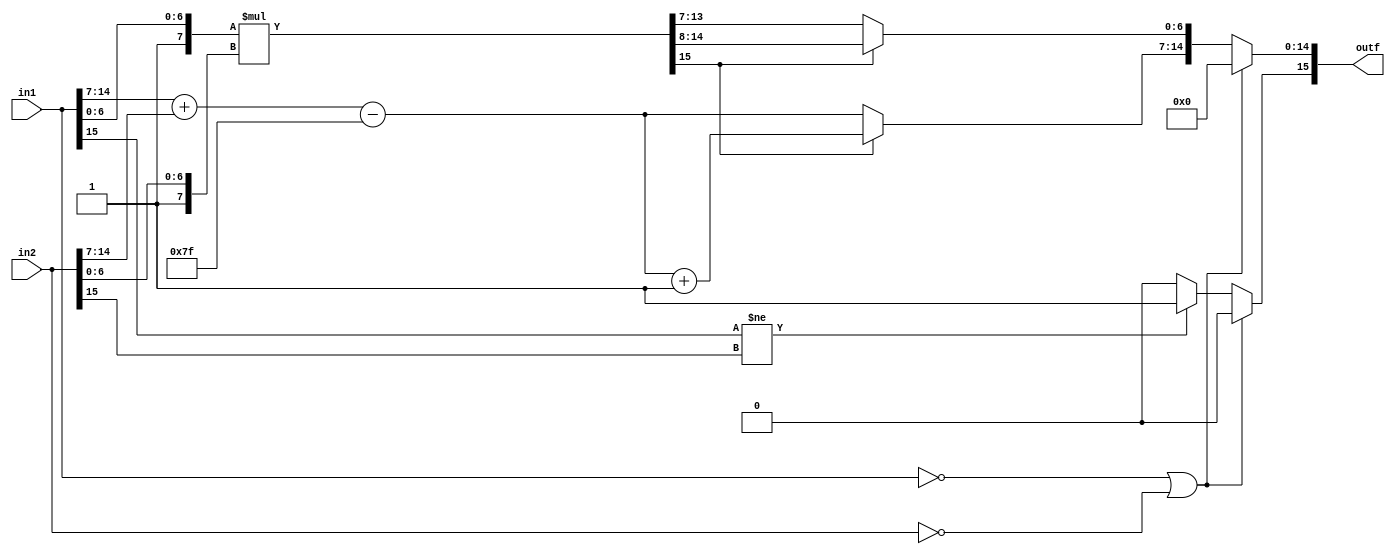
//`timescale 10ns/1ns
//DIRECTIVES
`define WORD [15:0]

`define JZ   4'h0
`define ADD  4'h1
`define AND  4'h2
`define ANY  4'h3
`define OR   4'h4
`define SHR  4'h5
`define XOR  4'h6
`define DUP  4'h7
`define LD   4'h8
`define ST   4'h9

`define LI   4'hA
`define ADDF 4'hB
`define F2I  4'hC
`define I2F  4'hD
`define INVF 4'hE
`define MULF 4'hF

//END DIRECTIVES

// multiply floats
module multiplyf( in1,in2,outf);
	output reg `WORD outf;
	input `WORD in1;
	input `WORD in2;
	reg [7:0] temp;
    reg [15:0] temp1;
	
	always @ (*) 
	begin
		// check if either the inputs are zero, if so, the output is zero
		if (in1==16'b0 || in2 == 16'b0) begin
			outf = 16'b0;
		end else begin
			// checks the sign of the inputs and sets the output sign 
			if (in1[15] != in2[15])
			begin
				outf[15] <= 1;    // if 1 in is neg and 1 is pos, the output sign is neg
			end
			else begin
				outf[15] <= 0;		// if the signs are the same, output is positive
			end 	
			
			// add the two exponents and store these 6 bits in temp 
			temp = (in1[14:7] + in2[14:7])- 127;	//subtract  (bias) because adding 2 exponents and result is one exponent
			
			// normalize (add 1 to the front) then
			//multiply the fractions/mantissa of inputs
			temp1 = {1'b1,in1[6:0]} * {1'b1,in2[6:0]};   
			//#5 $display("%h %h", temp,temp1
			
			// check if the multiplied mantissa result (temp1) causes overflow
			if (temp1[15] == 1) begin
				outf[14:7] = temp + 1;	// if overflow, add 1 to the output exponent
				outf[6:0] = temp1[14:8];	// the output mantissa becomes the 7 bits after the overflow
			end else begin
				outf[14:7] = temp;   	// if no overflow, then exponent is the 2 input exponents added together
				outf[6:0] = temp1[13:7];	//output mantissa becomes the 7 bits after the 2 msbits
			end
		end
	end
endmodule


module msb(in,out);
	input `WORD in;
	output reg `WORD out;
	reg `WORD temp;
	always @(*) begin
		temp = in | (in >>1);
		temp = temp | (temp >>2);
		temp = temp | (temp >>4);
		temp = temp | (temp >>8);
		out = temp & ~(temp >>1);
	end
	
endmodule


// float additon - takes in 2 floating point numbers, adds them and outputs the floating point result
module addf(in1,in2,out);
	input `WORD in1;
	input `WORD in2;
	output reg `WORD out;
	
	reg `WORD temp;
	reg `WORD op1;
	reg `WORD op2;
	
	reg[8:0] man1;
	reg[8:0] man2;
	reg[8:0] outMan;
	wire `WORD numZeros;

	lead_zero leadZeros({outMan,7'b0}, numZeros);
	
	always@(*) begin
		// in input 1 is 0, then the output is the input 2
		if (in1 == 16'b0) begin
			out = in2;

		// if input 2 is 0, the the output is the input 1
		end else if (in2 == 16'b0) begin
			out = in1;
		// floating points are opposite (i.e: -2 and 2) if all bits the same except the sign bit.
		// check for this case, if true, the output is 0 
		end else if ((in1[14:0] == in2[14:0]) && (in1[15] != in2[15])) begin
			out = 0;
			
		// general addition case
		end else begin
			// denormailize the exponents so they are the same
			
			// always make op1 the larger exponent
			// if input 2 exponent is larger than input 1 exponent, then make in2 become op1 and in2 become op2
			if (in2[14:7] > in1[14:7] ) begin
				op2 = in1;
				op1 = in2;
			end else begin	//otherwise, op1 is in1 and op2 is in2
				op2 = in2;
				op1 = in1;
			end
			
			//normalize the mantissa (add a 1 in front) then add and subtract fractional/mantissa parts
			man1 = {2'b01,op1[6:0]};
			man2 = {2'b01,op2[6:0]};
		
			//denormalize smaller value (man2) for addition
			man2 = man2 >> (op1[14:7] - op2[14:7]);
		
			// the output exponent becomes the 
			out[14:7] = (op1[14:7]);
			
			// check the signs of the inputs
			//if the signs are the same, add the 2 input mantissas
			if (op1[15] == op2[15]) begin
				outMan = man1+man2;
				//$display("%b,%b,%b,%b",man1,man2,outMan,out);
				
				// if signs are the same, the output sign will also be the same as in1/in2 sign
				out[15] = op1[15];
				
				if (outMan[8] == 1) //CHECK FOR OVERFLOW
				begin
					// if overflow, add 1 to the output exponent 
					out[14:7] = out[14:7]+1; 
					//the output mantissa becomes the 7 bits after the overflow
					out[6:0] = outMan[7:1];
				end else begin
					out[6:0] = outMan[6:0];	// if no overflow, the output mantissa remains as the bottom bits of the input mantissas added together
				end
			// if the signs of the inputs are opposite, subtract the smaller input mantissa from the larger one
			end else begin
				// 
				if (man1 > man2) begin
					outMan = man1-man2;
					out[15] = op1[15];
				end else begin
					outMan = man2-man1;
					out[15] = op2[15];
				end
				if (numZeros > 1) begin  //////////////???????????
					out[14:7] = out[14:7] + (1-numZeros);
					case (numZeros)
						2: begin out[6:0] = {outMan[5:0], 1'b0}; end
						3: begin out[6:0] = {outMan[4:0], 3'b0}; end
						4: begin out[6:0] = {outMan[3:0], 4'b0}; end
						5: begin out[6:0] = {outMan[2:0], 5'b0}; end
						6: begin out[6:0] = {outMan[1:0], 6'b0}; end
						7: begin out[6:0] = {7'b0}; end
					endcase
				end else begin
					out[14:7] = out[14:7] ;
					out[6:0] = {outMan[6:0]};
				end
			end
		end	
	end
endmodule

// integer to floating point conversion
// input: a 16-bit binary integer
// output: the 16-bit floating point representation
module i2f(in,out);
	input `WORD in;
	output reg `WORD out;
	reg[6:0] zeros;
	reg [22:0] temp;
	wire `WORD numZeros;
	wire `WORD countZ;
	assign countZ = temp[22:7];
	lead_zero leadZeros(countZ, numZeros);
	
	initial begin
		zeros<= 0;
	end
	always@(*) begin
		// if the input binary number is 0, the output float is 0
		if (in == 16'b0) begin
			out = 16'b0;
		end else begin
			// check the sign of the fp input
			// if it is positive 
			if (in[15] ==0) begin
				temp = {in,zeros};
				out[15] = in[15]; //set sign bit
				out[14:7] = 127 + (15-numZeros); //set exponent
				out[6:0] = temp >> (15-numZeros); //set mantissa
			// if the input is negative
			end else begin
				// flip the bits and add 1, then perform the same operations as you did on the positive input
				temp = {((in^16'b1111111111111111)+16'b01),zeros};
				out[15] = in[15]; //set sign bit
				out[14:7] = 127 + (15-numZeros); //set exponent
				out[6:0] = temp >> (15-numZeros); //set mantissa
			end
		end
	end
endmodule


// Dietz's lead_zeros module
// takes the 16 bit input and outputs the number of 0s in the most significant bits 
module lead_zero(in, out);

	input `WORD in;
	output reg `WORD out;
	
	reg `WORD temp;
	wire `WORD vari;
	
	ones Count(temp,vari);
	
	always @(*) begin 
		temp = in | (in>>1);
			temp = temp | (temp>>2);
			temp = temp | (temp>>4);
			temp = temp | (temp>>8);
			out = 16-vari;
	end
endmodule


 // needed for the leading zeros 
module ones(in,out);
	input `WORD in;
	output reg `WORD out;
	reg `WORD temp;
	
	always @(*) begin
		temp = in - ((in >>1)& 16'h5555);
		temp = (((temp >>2) & 16'h3333) + (temp & 16'h3333));
		temp = (((temp >>4)+temp)& 16'h0f0f);
		temp = temp + (temp>>8);
		temp = temp + (temp>>16);
		out = temp & 16'h003f;
	end
endmodule


// floating point to integer converion 
// input: 16-bit floating point 
// output: 16-bit integer representation of the input
module f2i(in,out);
	input `WORD in;
	output reg `WORD out;
	reg [22:0] temp;
	
	always @(*) begin
		// check if the input is 0, if so, the output is also 0
		if (in == 16'b0) begin
			out = 16'b0;
		end else begin
			//normalize the mantissa (add 1 to front)
			temp = {16'b1,in[6:0]};
			// if the exponent is larger than the bias (127) shift the mantissa the difference
			if (in[14:7] >= 127) begin
				temp = temp << (in[14:7] - 127);
				out = temp[22:7];
				
			// otherwise the output is 0
			end else begin 
				out = 0;
			end
			// if the input is negative, flip the bits of the output and add 1
			if (in[15] == 1) begin
				out = out ^ 'hffff;
				out = out+1;
			end
		end
	end	
endmodule

// reciprocal floating point module
// input: 16-bit floating point 
// output: the 16 bit reciprocal of the input (1/input)
module recip_float(in, out);
	input `WORD in;
	output reg `WORD out;
	reg [7:0] temp;
	reg  [7:0] lookup[0:127]; //[x:y] used as bus width goes before the name, after the name means its an array
	//Also swapped order from 127:0 to 0:127 to get rid of compiler warning
	
	//Initial blocks run once at the very beginning of simulation
	//They are good for initializing variables and constants (like LUTs)
	//The best way to initialize memory is to use the readmemh(...) function, its also less lines
	initial begin
		
               $readmemh1(lookup);
	end

	always @(*) begin
	//This LUT in the always block has every value assigned for every time IN changes. 
	//We do not need to reset the LUT every time, so it should be moved to an initial block
		// set the sign bit of output eqaul to the input sign bit
		out[15] = in[15];	
		//negate the exponent 
		// if the mantissa is all 0s, 
		if (in[6:0] == 7'b0) begin
			out[14:7] = 254 - (in[14:7]);
		end else begin
			out[14:7] = 253 - (in[14:7]);
		end	
		// input mantissa in binary and we want in decimal
		if (in[6:0] == 1) begin  // this is where we fooked up and put the 1 equivalent mantissa at the end of the list
			out[6:0] = lookup[126];
		end else begin
			//
			//temp[7:0] = lookup[in[6:0]-1]; //needed to be -, not + //because of the previous fuck up all of the lookups are off by 1
			// the lookup result is 8 bits while the mantissa is only 7 so its either top 7 bits or bottom 7 bits
			temp[7:0] = lookup[in[6:0]]; //This is for the readmemh
			out[6:0] = temp[6:0]; //bottom 7 bits, not top 7
		end
                if (in == 16'b0) begin
                        out = 16'b0;
                end
	end// end of always block
endmodule

module ALU(opr1,opr2,out1,op,cc);
	input `WORD opr1;
	input `WORD opr2;
	output reg `WORD out1;
	input [3:0] op;
	output reg `WORD cc;
	
	initial begin
		out1 <= 16'b0;
		cc <= 16'b0;
	end
	
	wire `WORD outFloat;
	wire `WORD outInt;
	wire `WORD outAdd;
	wire `WORD outMul;
	wire `WORD outRecip;
	
	i2f toFloat(opr1,outFloat);
	f2i toInt(opr1,outInt);
	addf addition(opr1,opr2,outAdd);
	multiplyf multiply(opr1,opr2,outMul);
	recip_float recip(opr2,outRecip);
	
	always @(*)
	begin
		case (op)
			`ADD: begin
				out1 <= opr1 + opr2;
			end
			`AND: begin
				out1 <= opr1 & opr2;
			end
			`ANY: begin
				out1 <= (opr1 == 16'b0 ? 16'b000000:16'b000001);
			end
			`OR: begin
				out1 <= opr1 | opr2;
			end	
			`SHR: begin
				out1 <= opr1 >> 1;
				out1[15] <= opr1[15];
			end
			`XOR: begin
				out1 <= opr1 ^ opr2;
			end
			`DUP: begin
				out1<= opr1;
			end
			`ADDF: begin
				out1 <= outAdd;
			end
			`I2F: begin
				out1 <= outFloat;
			end
			`F2I: begin
				out1 <= outInt;
			end
			`MULF: begin
				out1 <= outMul;
			end
			`INVF: begin
				out1 <= outRecip;
			end
			default: begin
				out1 <= opr1;
			end
		endcase
	end
	
	always @(out1)
	begin
		if (out1 == 16'b0 && op <7 && op>0)
		begin
			cc[0] <= 1'b1;
		end else if (op <7 && op>0) begin
			cc[0] <= 1'b0;
		end else begin
			cc <= cc;
		end
	end
endmodule




module processor(clk,halt);
	input clk;
	output reg halt;
	reg `WORD pc;
	reg `WORD ram[0:65535];
	//reg `WORD instruction;
	reg `WORD stage1[0:5];
	reg `WORD stage2[0:5];
	reg `WORD stage3[0:5];
	reg `WORD op1;
	reg `WORD op2;
	reg `WORD newPC;
	reg stop1;
	reg stop2;
	reg pcFlag;
	reg [3:0] operation;
	
	//reg regFileIn,regFileOut;
	reg `WORD registers[0:63];
	reg holdUp;
	wire `WORD toStage3;
	wire `WORD cc;
	reg `WORD i;
	reg squashNext2,squashNext1;
	ALU alu(op2,op1,toStage3,operation,cc);
		
	initial begin
		
                $readmemh0(ram);
		halt<=0;
		holdUp<=0;
		//register file initialization

                $readmemh2(registers);
		pc <= 16'b0;
		squashNext1<=0;
		squashNext2<=0;
		pcFlag<=0;
		newPC<=16'b0;
		stop1<=0;
		stop2<=0;
	end
	
	
	always@(clk) begin
	end
	
	//stage 1 instruction fetch
	always@(posedge clk)
	begin

		if (pcFlag == 1 ) begin
			pc<=newPC;
			pcFlag <=0;
		end
		//instruction <= ram[pc];
	end
	
	always@(negedge clk)
	begin
		if (holdUp == 0)begin
		stop1<=0;
		case (ram[pc][15:12])
			`LI: 
			begin
				pc<=pc+2;
				stage1[4]<=ram[pc+1];
			end
			default: pc<=pc+1;
		endcase
//		if (ram[pc] == 16'b0)
//		begin
//			halt<=1;
//		end

		//pc<=pc+1;
		stage1[0]<=ram[pc][15:12];
		stage1[1]<=ram[pc][11:6];
		stage1[2]<=ram[pc][5:0];
		stage1[3]<=ram[pc][11:6];
		stage1[5]<=ram[pc];
		end else begin
			stop1<=1;
		end
	end
	
	
	//stage 2 register file games
	always@(posedge clk)
	begin

	end
	
	always@(negedge clk)
	begin
		if (holdUp==0) begin
			stop2<=0;
			stage2[0]<=stage1[0];
			stage2[1]<=registers[stage1[1]];
			stage2[2]<=registers[stage1[2]];
			stage2[3]<=stage1[3];
			stage2[4]<=stage1[4];
			stage2[5]<=stage1[5];
		end else begin
			stop2<=1;
			stage2[0] <= 16'bz;
			stage2[1] <= 16'bz;
			stage2[2] <= 16'bz;
			stage2[3] <= 16'bz;
			stage2[4] <= 16'bz;
			stage2[5] <= 16'bz;
		end		
	end
	
	
	//stage 3 ALU and memory stuff
	always@(posedge clk)
	begin
		op1<=stage2[1];
		op2<=stage2[2];
		operation<=stage2[0][3:0];
	end
	
	always@(negedge clk)
	begin 
		if(operation == `ST) begin
			ram[op2]<=op1;
			stage3[5] <= stage2[5];
		end else if (operation == `LD) begin
			stage3[0]<=stage2[3];
			stage3[1]<=ram[stage2[2]];
			stage3[2]<=stage2[0];
			stage3[4]<=stage2[4];
			stage3[5]<=stage2[5];
		end else begin
			stage3[0]<=stage2[3];
			stage3[1]<=toStage3;
			stage3[2]<=stage2[0];
			stage3[4]<=stage2[4];
			stage3[5]<=stage2[5];
			case(stage2[5][15:12])
				`JZ: begin
					if (stage2[1] == 0) begin
						if (stage2[5][5:0]==6'b0 && stage2[5][11:6]!=6'b0) begin
							if(holdUp==1) begin
							squashNext1<=1;
							end else begin
							squashNext2<=1;
							end
						end else if (stage2[5][5:0]>6'b0)begin
							newPC<=stage2[2];
							squashNext2<=1;
							squashNext1<=1;
							pcFlag <=1;
						end
					end
				end
			endcase
		end
	
	end
	
	always@(squashNext2) begin
		if (squashNext2 == 1)
		begin
			squashNext2 <= 0;
			stage2[0] = 16'bx;
			stage2[1] = 16'bx;
			stage2[2] = 16'bx;
			stage2[3] = 16'bx;
			stage2[4] = 16'bx;
			stage2[5] = 16'bx;
		end
	end
	always@(squashNext1) begin
		if (squashNext1 == 1)
		begin
			squashNext1 <= 0;
			stage1[0] = 16'bx;
			stage1[1] = 16'bx;
			stage1[2] = 16'bx;
			stage1[3] = 16'bx;
			stage1[4] = 16'bx;
			stage1[5] = 16'bx;
		end
	end
	
	//Stage 4 Write back?
	always@(posedge clk)
	begin
		if(stage1[5][11:6]==stage2[5][11:6] || stage1[5][11:6]==stage3[5][11:6] || stage1[5][5:0]==stage2[5][11:6] || stage1[5][5:0]==stage3[5][11:6])
		begin
			holdUp<=1;
		end else begin
			holdUp<=0;
		end
	end
	
	always@(negedge clk)
	begin
		if(stage3[5] == 16'b0) begin
			halt<=1;
		end else begin
		case(stage3[2][3:0])
			`LI: 
			begin
				registers[stage3[0][5:0]]<=stage3[4];
			end
			`JZ: begin
				
			end
			`ST: begin

			end
			default: registers[stage3[0][5:0]]<=stage3[1];
		endcase
		end
	end
	
	always@(halt)
	begin
		if (halt == 1'b1)
		begin
		for (i=0; i<64;i=i+1) begin
						$display("Value of register %d is %h",i-8,registers[i]);
						end
						$finish;
		end
	end

endmodule

module testBench;
	reg clk;
	wire clear;

	processor proc(clk,clear);

	initial 
	begin
		$dumpfile;
		$dumpvars(0,testBench);
		#100 //Wait until ALL memory is initialized
		clk <= 0;
		while (clear != 1)
		begin
			//$display("Clock %b",clk);
			#100;
			clk<=~clk;		
		end	
	end
endmodule